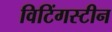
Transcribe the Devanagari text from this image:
विटिंगस्टीन